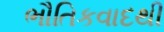
ભૌતિકવાદથી